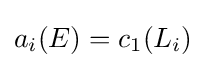
a_{i}(E)=c_{1}(L_{i})